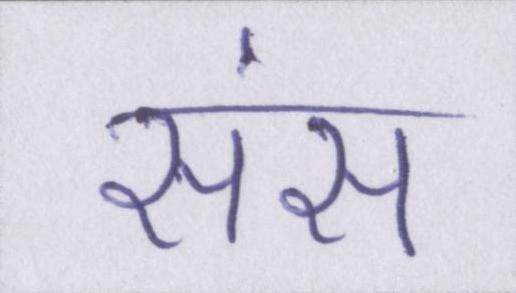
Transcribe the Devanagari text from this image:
संस